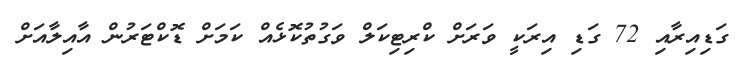
ގަޑިއިރާއި 72 ގަޑި އިރަކީ ވަރަށް ކްރިޓިކަލް ވަގުތުކޮޅެއް ކަމަށް ޑޮކްޓަރުން އާއިލާއަށް